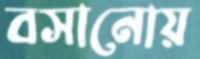
বসানোয়